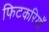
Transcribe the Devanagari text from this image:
फिटकरियाँ